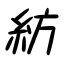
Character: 紡